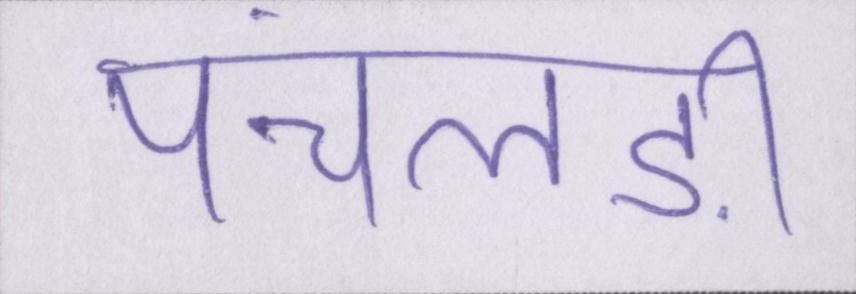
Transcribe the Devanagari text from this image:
पंचलड़ी